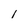
Character: 1